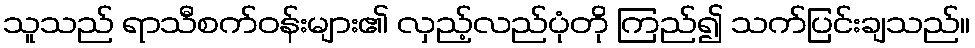
သူသည် ရာသီစက်ဝန်းများ၏ လှည့်လည်ပုံတို ကြည်၍ သက်ပြင်းချသည်။